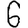
Digit: 6